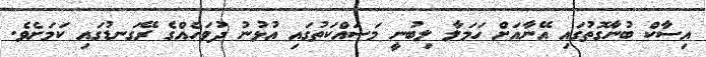
އިސާކް ބުނާގޮތުގައި އޭނާއަށް ހަމަލާ ލިބުނީ މަސައްކަތުގައި އުޅުނު ދުވަހެއްގެ ރޭގަނޑުގައި ކަމަށެވެ.